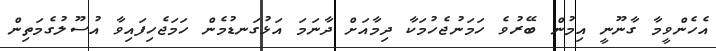
އެހެންވީމާ ގާނޫނީ އިމުން ބޭރުވެ ހަމަނުޖެހުމަކާ ދިމާއަށް ދާނަމަ އަޅުގަނޑުމެން ހަމަޖެހިފައިވާ އުސޫލުގެމަތިން